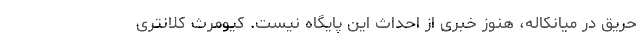
حریق در میانکاله، هنوز خبری از احداث این پایگاه نیست. کیومرث کلانتری